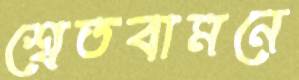
শ্বেতবামনে